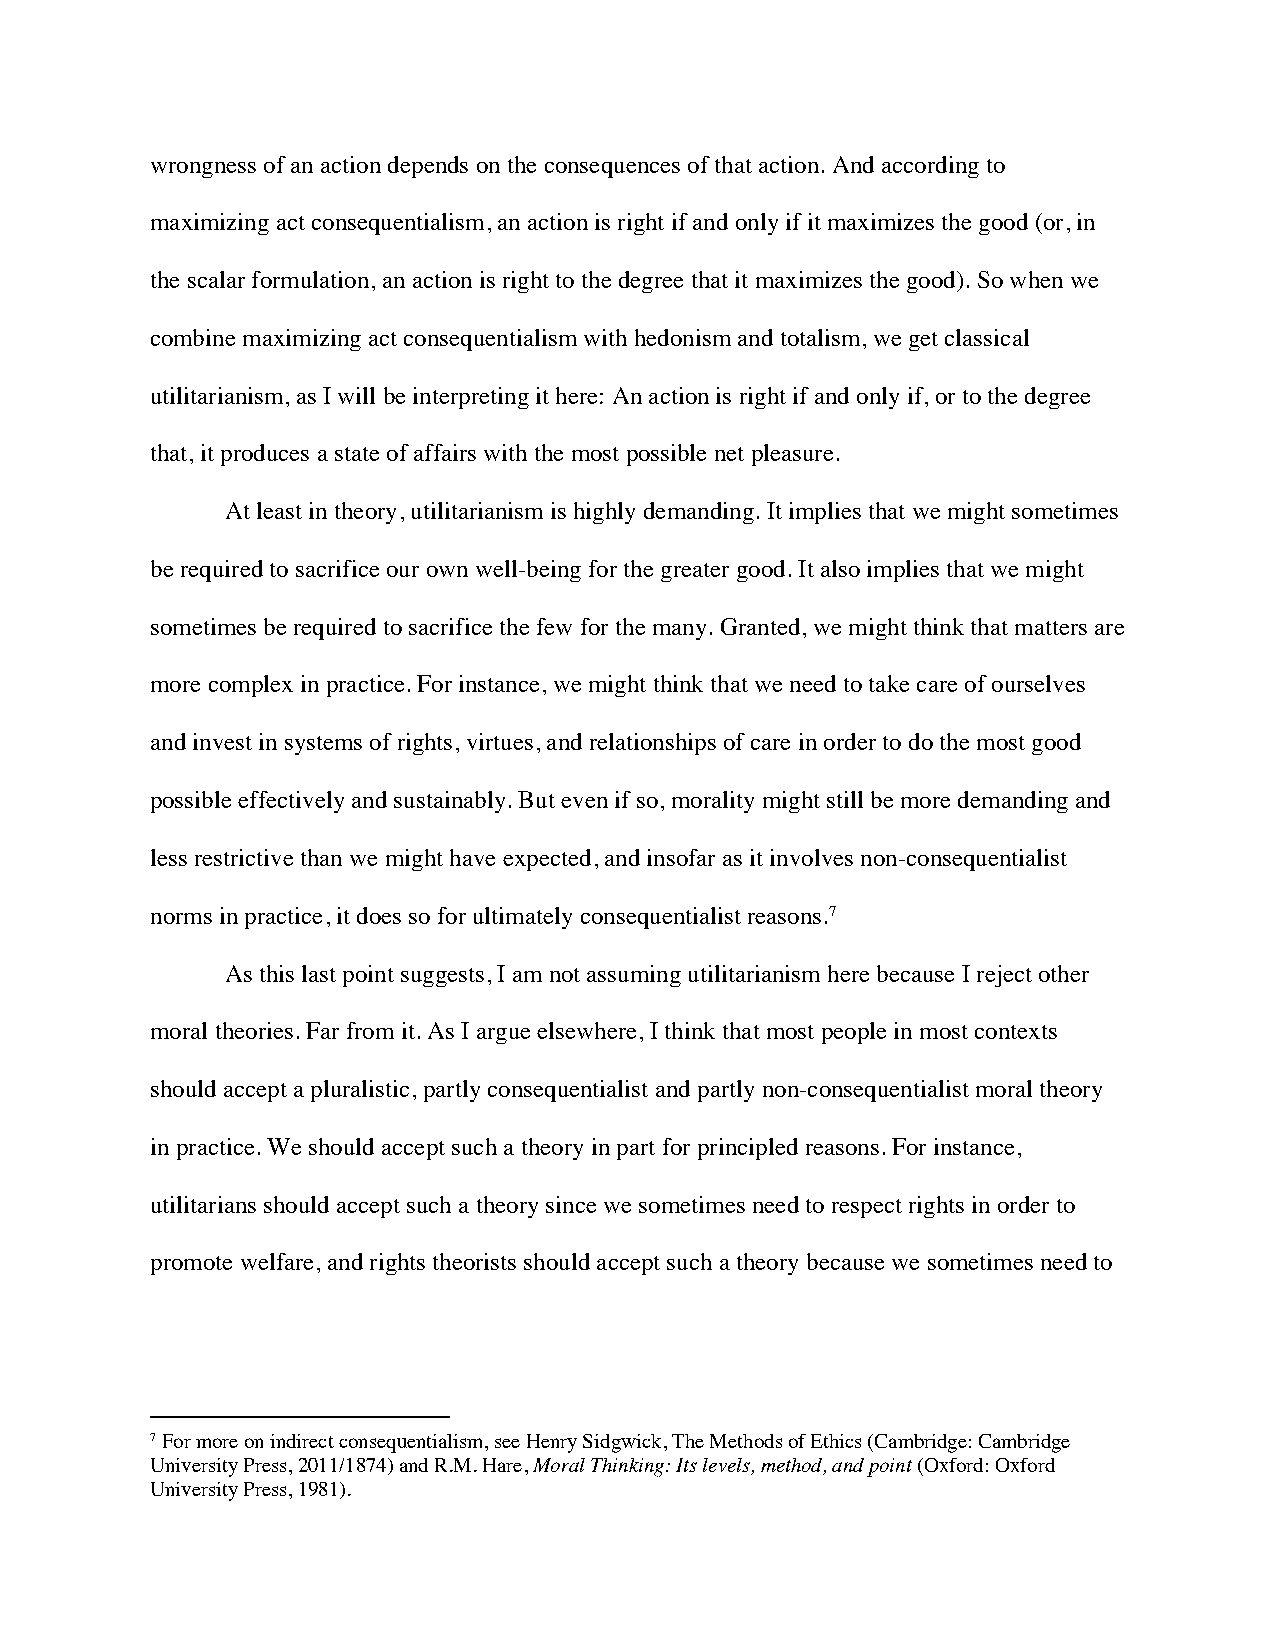
wrongness of an action depends on the consequences of that action. And according to
 maximizing act consequentialism, an action is right if and only if it maximizes the good (or, in
 the scalar formulation, an action is right to the degree that it maximizes the good). So when we
 combine maximizing act consequentialism with hedonism and totalism, we get classical
 utilitarianism, as I will be interpreting it here: An action is right if and only if, or to the degree
 that, it produces a state of affairs with the most possible net pleasure.
 At least in theory, utilitarianism is highly demanding. It implies that we might sometimes
 be required to sacrifice our own well-being for the greater good. It also implies that we might
 sometimes be required to sacrifice the few for the many. Granted, we might think that matters are
 more complex in practice. For instance, we might think that we need to take care of ourselves
 and invest in systems of rights, virtues, and relationships of care in order to do the most good
 possible effectively and sustainably. But even if so, morality might still be more demanding and
 less restrictive than we might have expected, and insofar as it involves non-consequentialist
 norms in practice, it does so for ultimately consequentialist reasons.7
 As this last point suggests, I am not assuming utilitarianism here because I reject other
 moral theories. Far from it. As I argue elsewhere, I think that most people in most contexts
 should accept a pluralistic, partly consequentialist and partly non-consequentialist moral theory
 in practice. We should accept such a theory in part for principled reasons. For instance,
 utilitarians should accept such a theory since we sometimes need to respect rights in order to
 promote welfare, and rights theorists should accept such a theory because we sometimes need to
 7 For more on indirect consequentialism, see Henry Sidgwick, The Methods of Ethics (Cambridge: Cambridge
 University Press, 2011/1874) and R.M. Hare, Moral Thinking: Its levels, method, and point (Oxford: Oxford
 University Press, 1981).